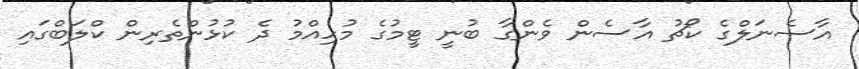
އާސެނަލްގެ ކޯޗު އާސެން ވެންގާ ބުނީ ޓީމުގެ މުހިއްމު ދެ ކުޅުންތެރިން ކްލަބްގައި